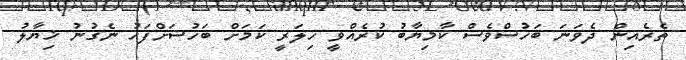
ތެރެއިން ދެވަނަ ބަހުސްވެސް ކާމިޔާބު ކުރެއްވީ ހިލަރީ ކަމަށް ބަހުސަށްފަހު ނެގުނު ޚިޔާލު